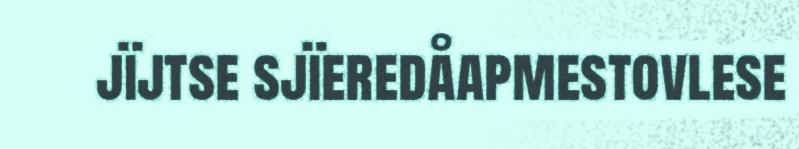
jïjtse sjïeredåapmestovlese